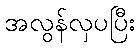
အလွန်လှပပြီး